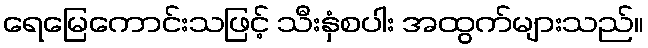
ရေမြေကောင်းသဖြင့် သီးနှံစပါး အထွက်များသည်။